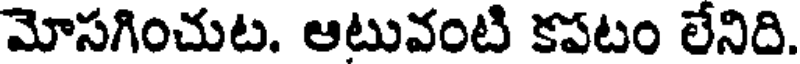
మోసగించుట. ఆటువంటి కపటం లేనిది.